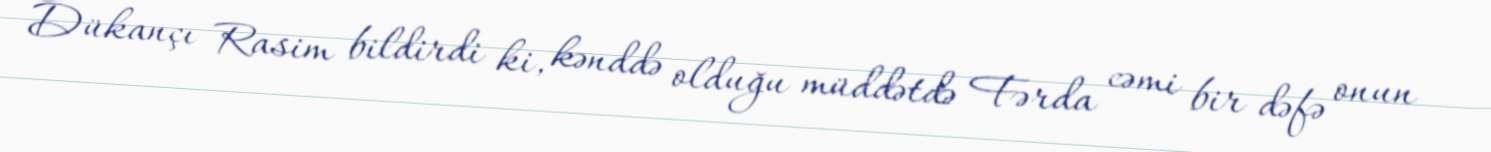
Dükançı Rasim bildirdi ki, kənddə olduğu müddətdə Fərda cəmi bir dəfə onun